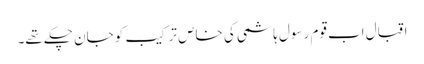
اقبال اب قوم رسول ہاشمی کی خاص ترکیب کو جان چکے تھے۔